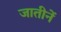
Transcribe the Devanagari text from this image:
जातीनें